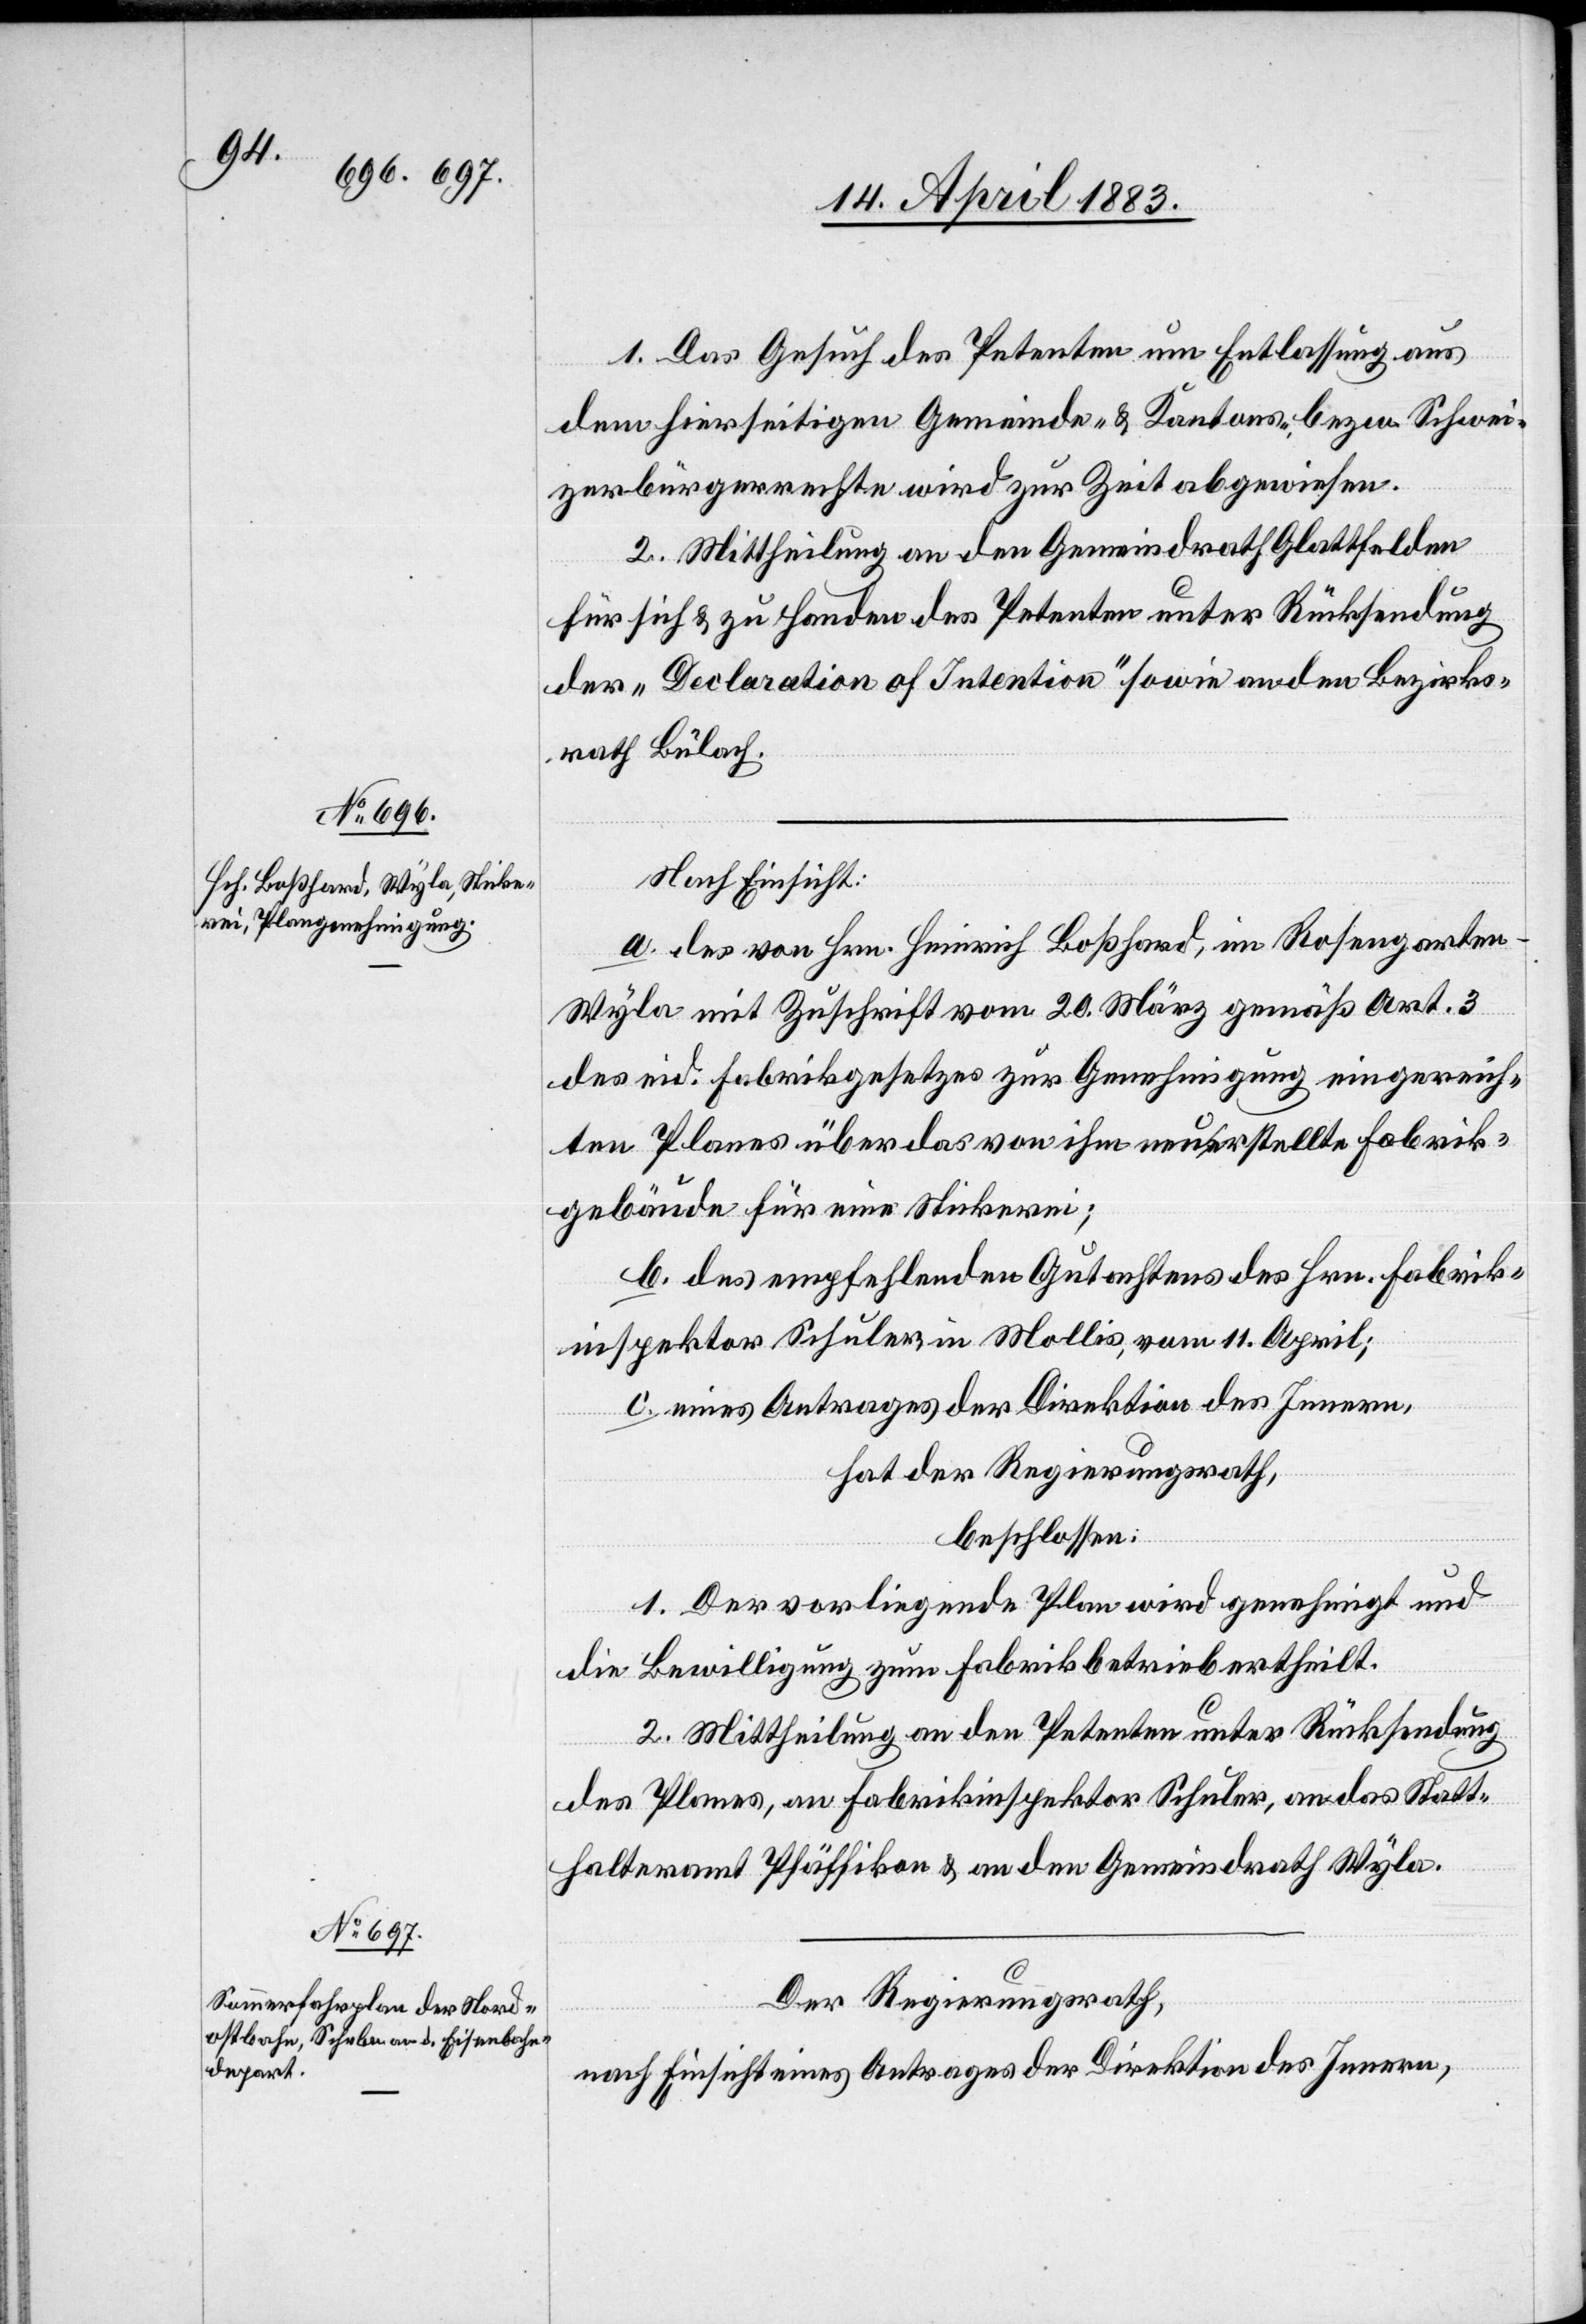
1. Das Gesuch des Petenten um Entlassung aus
dem hierseitigen Gemeinde- & Kantons- bezw. Schwei¬
zerbürgerrechte wird zur Zeit abgewiesen.
2. Mittheilung an den Gemeindrath Glattfelden
für sich & zu Handen des Petenten unter Rücksendung
der „Declaration of Intention“ sowie an den Bezirks¬
rath Bülach.
Nach Einsicht:
a. der von Hrn. Heinrich Boßhard, im Rosengarten
Wyla mit Zuschrift vom 20. März gemäß Art. 3
des eid. Fabrikgesetzes zur Genehmigung eingereich¬
ten Planes über das von ihm neuerstellte Fabrik¬
gebäude für eine Stickerei;
b. des empfehlenden Gutachtens des Hrn. Fabrik¬
inspektors Schuler, in Mollis, vom 11. April;
c. eines Antrages der Direktion des Innern,
hat der Regierungsrath,
beschlossen:
1. Der vorliegende Plan wird genehmigt und
die Bewilligung zum Fabrikbetrieb ertheilt.
2. Mittheilung an den Petenten unter Rücksendung
des Planes, an Fabrikinspektor Schuler, an das Statt¬
halteramt Pfäffikon & an den Gemeindrath Wyla.
Der Regierungsrath,
nach Einsicht eines Antrages der Direktion des Innern,